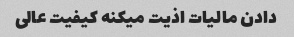
دادن مالیات اذیت میکنه کیفیت عالى